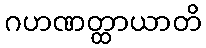
ဂဟဏတ္ထာယာတိ